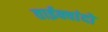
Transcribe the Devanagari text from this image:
ताईक्वांदो